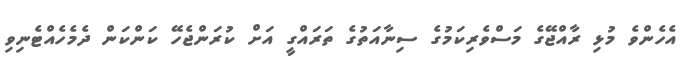
އެހެންވެ މުޅި ރާއްޖޭގެ މަސްވެރިކަމުގެ ސިނާއަތުގެ ތަރައްގީ އަށް ކުރަންޖެހޭ ކަންކަން ދެމެހެއްޓެނިވި